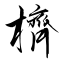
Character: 櫅